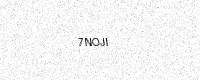
Text: 7NOJI